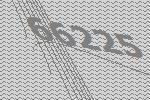
66225